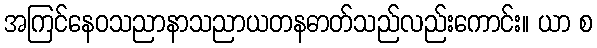
အကြင်နေဝသညာနာသညာယတနဓာတ်သည်လည်းကောင်း။ ယာ စ